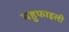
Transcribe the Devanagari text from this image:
बहुफाइली